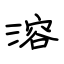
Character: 溶